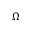
\Omega